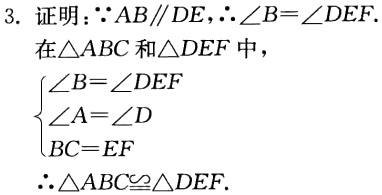
3. 证明：\(\because AB\parallel DE,\therefore \angle B = \angle DEF\).
在\(\triangle ABC\)和\(\triangle DEF\)中，
\(\begin{cases}
\angle B=\angle DEF\\
\angle A = \angle D\\
BC = EF
\end{cases}\)
\(\therefore \triangle ABC\cong\triangle DEF\).